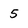
Character: 5